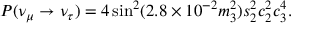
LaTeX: P ( \nu _ { \mu } \to \nu _ { \tau } ) = 4 \sin ^ { 2 } ( 2 . 8 \times 1 0 ^ { - 2 } m _ { 3 } ^ { 2 } ) s _ { 2 } ^ { 2 } c _ { 2 } ^ { 2 } c _ { 3 } ^ { 4 } .